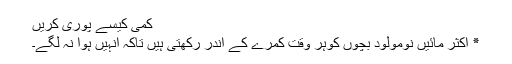
کمی کیسے پوری کریں
٭ اکثر مائیں نومولود بچوں کوہر وقت کمرے کے اندر رکھتی ہیں تاکہ انہیں ہوا نہ لگے۔